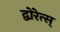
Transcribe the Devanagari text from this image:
द्वोरेत्स्